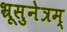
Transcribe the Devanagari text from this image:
भ्रूसुनेत्रम्